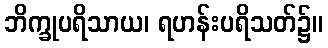
ဘိက္ခုပရိသာယ၊ ရဟန်းပရိသတ်၌။